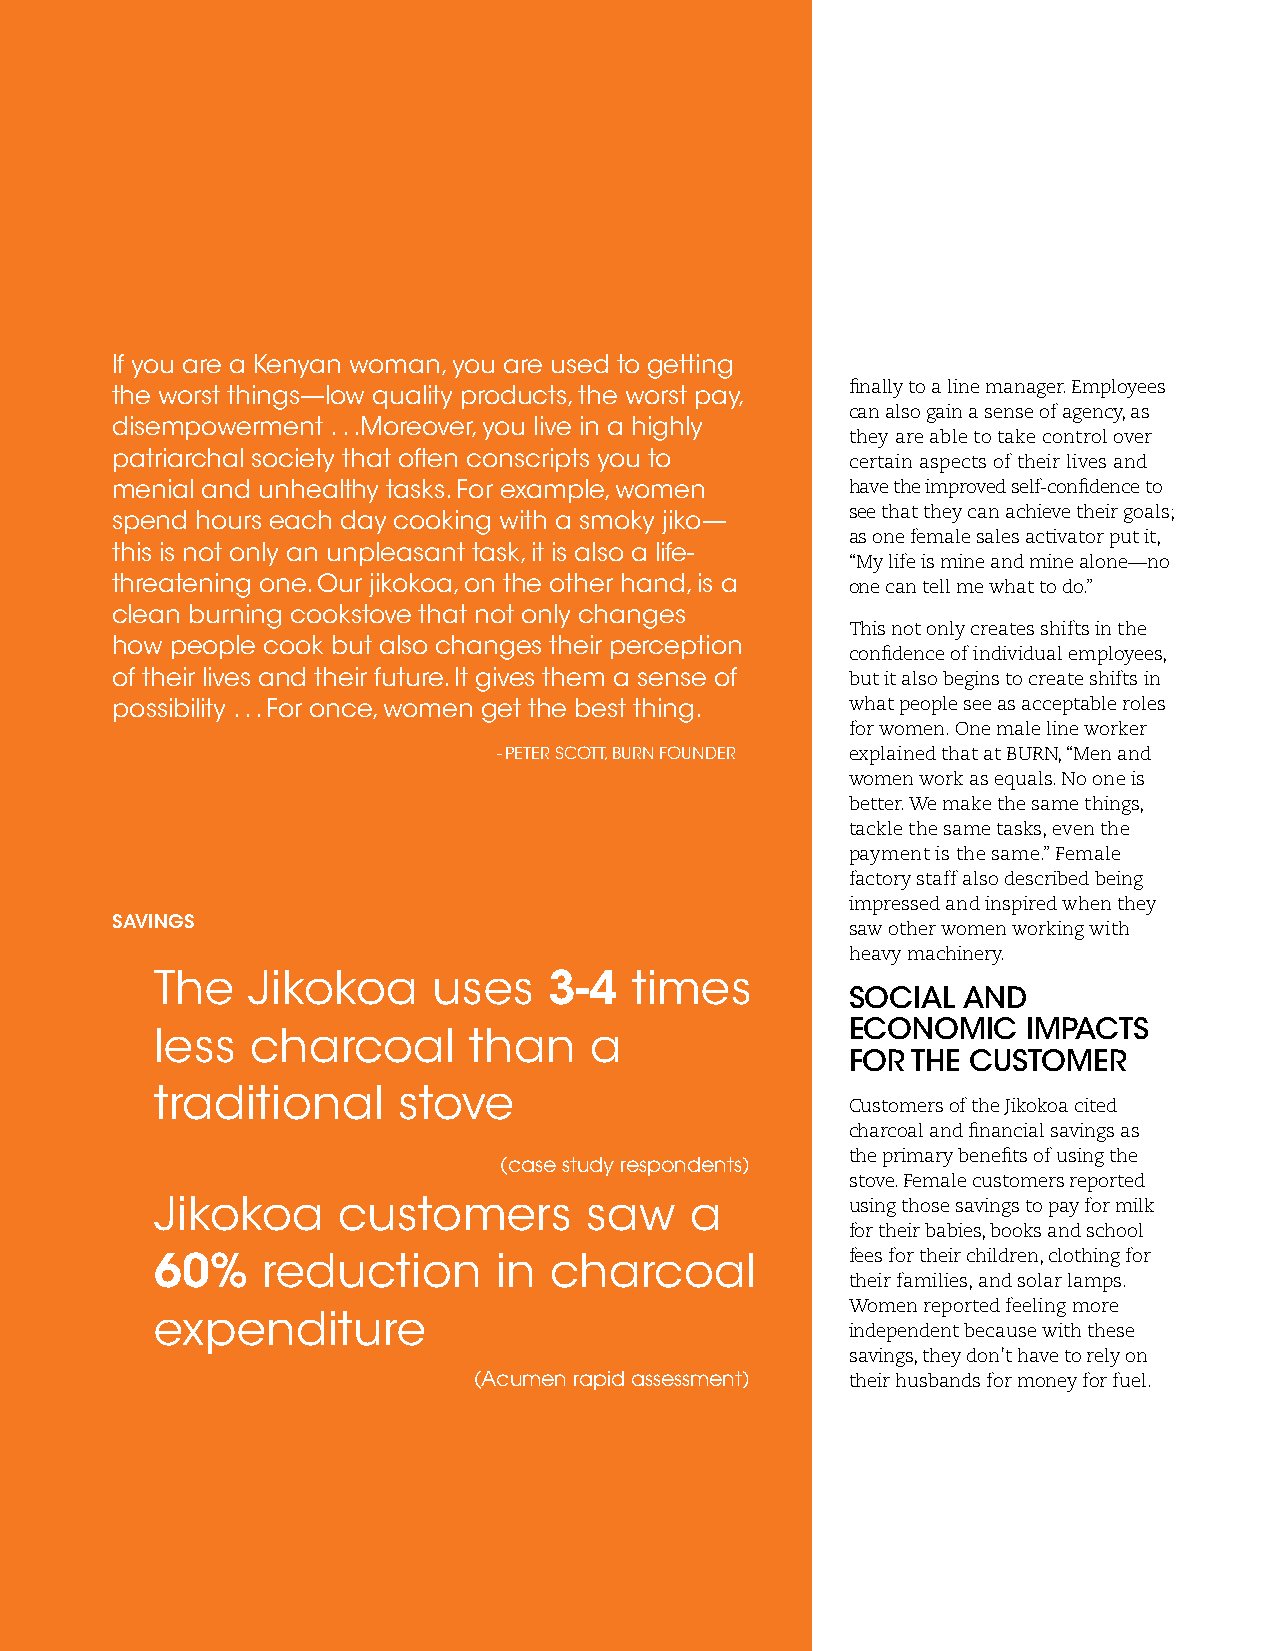
If you are a Kenyan woman, you are used to getting
 finally to a line manager. Employees
 the worst things—low quality products, the worst pay,
 can also gain a sense of agency, as
 disempowerment . . .Moreover, you live in a highly
 they are able to take control over
 patriarchal society that often conscripts you to certain aspects of their lives and
 menial and unhealthy tasks. For example, women   have the improved self-confidence to
 see that they can achieve their goals;
 spend hours each day cooking with a smoky jiko—
 as one female sales activator put it,
 this is not only an unpleasant task, it is also a life-
 “My life is mine and mine alone—no
 threatening one. Our jikokoa, on the other hand, is a one can tell me what to do.”
 clean burning cookstove that not only changes
 This not only creates shifts in the
 how people cook but also changes their perception
 confidence of individual employees,
 of their lives and their future. It gives them a sense of but it also begins to create shifts in
 possibility . . . For once, women get the best thing. what people see as acceptable roles
 for women. One male line worker
 - PETER SCOTT, BURN FOUNDER explained that at BURN, “Men and
 women work as equals. No one is
 better. We make the same things,
 tackle the same tasks, even the
 payment is the same.” Female
 factory staff also described being
 impressed and inspired when they
 SAVINGS
 saw other women working with
 heavy machinery.
 The   Jikokoa      uses   3-4   times
 SOCIAL  AND
 ECONOMIC    IMPACTS
 less   charcoal      than    a
 FOR THE CUSTOMER
 traditional     stove
 Customers of the Jikokoa cited
 charcoal and financial savings as
 the primary benefits of using the
 (case study respondents)
 stove. Female customers reported
 Jikokoa     customers        saw    a         using those savings to pay for milk
 for their babies, books and school
 60%    reduction       in charcoal            fees for their children, clothing for
 their families, and solar lamps.
 Women reported feeling more
 expenditure
 independent because with these
 savings, they don’t have to rely on
 (Acumen rapid assessment) their husbands for money for fuel.